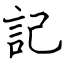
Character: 記